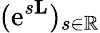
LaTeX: ({\mathrm e}^{s\mathbf{L}})_{s\in\mathbb{R}}